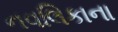
નવલિકાના